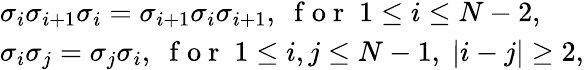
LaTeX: \begin{array}{l}{\sigma_{i}\sigma_{i+1}\sigma_{i}=\sigma_{i+1}\sigma_{i}\sigma_{i+1},\; \mathrm{~f~o~r~}\; 1\leq i\leq N-2,}\\ {\sigma_{i}\sigma_{j}=\sigma_{j}\sigma_{i},\; \mathrm{~f~o~r~}\; 1\leq i,j\leq N-1,\; |i-j|\geq 2,}\end{array}